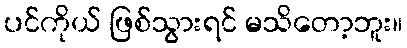
ပင်ကိုယ် ဖြစ်သွားရင် မသိတော့ဘူး။